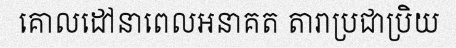
គោលដៅនាពេលអនាគត តារាប្រជាប្រិយ